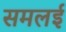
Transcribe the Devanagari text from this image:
समलई